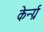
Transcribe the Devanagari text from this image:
केर्न्ग्र